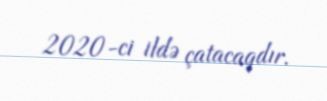
2020-ci ildə çatacaqdır.